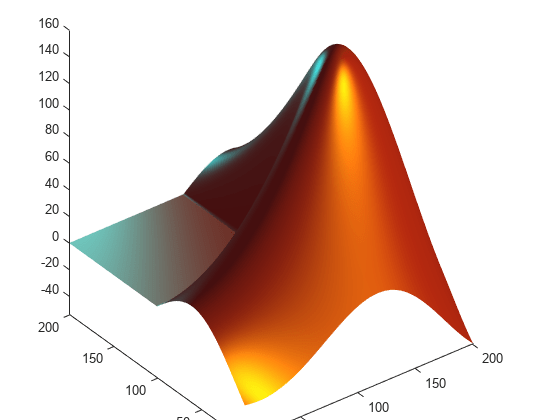
matlab, surface, light